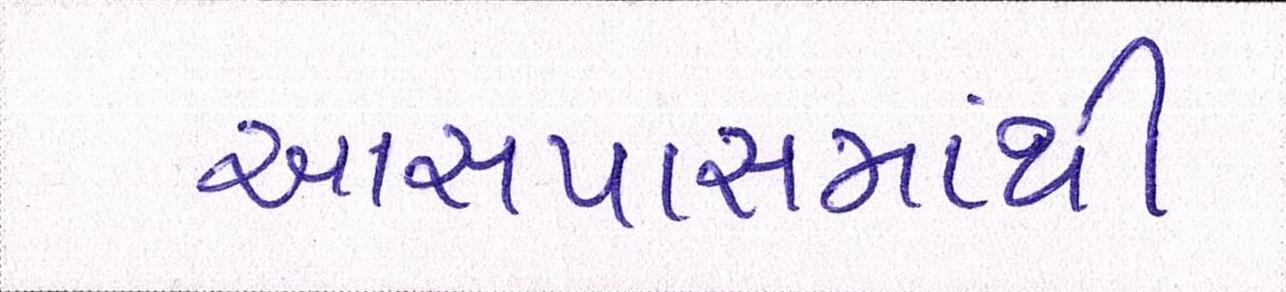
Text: આસપાસમાંથી